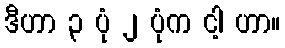
ဒီဟာ ၃ ပုံ ၂ ပုံက ငါ့ ဟာ။